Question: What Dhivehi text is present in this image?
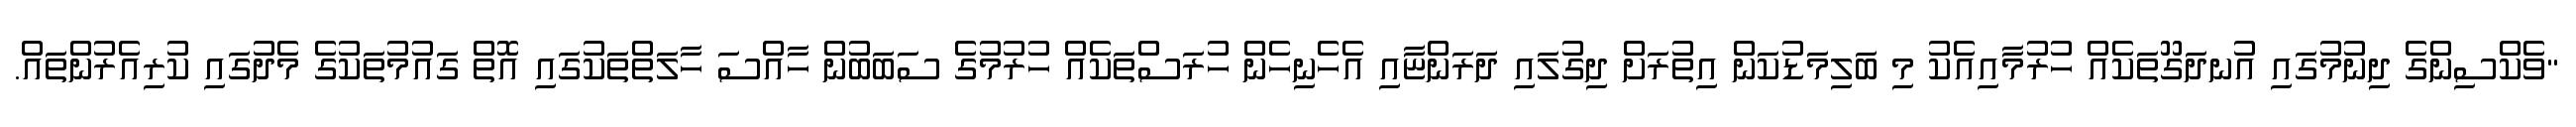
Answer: "ވެކްސިންގެ ދިނުމުގައި އުނދަގޫތަކެއް ހުރުމާއިއެކު މި ބަލިމަޑުކަން އިތުރަށް ދިގުލައި ދަރަންޏާއި އެހެނިހެން ހުރަސްތަކެއް ހުރުމުގެ ސަބަބުން ހާއްސަ ހާލަތްތަކުގައި އޮތް ގައުމުތަކުގެ މެދުގައި ކުރިއެރުންތައް.